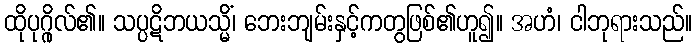
ထိုပုဂ္ဂိုလ်၏။ သပ္ပဋိဘယသ္မိံ၊ ဘေးဘျမ်းနှင့်ကတွဖြစ်၏ဟူ၍။ အဟံ၊ ငါဘုရားသည်။